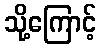
သို့ကြောင့်